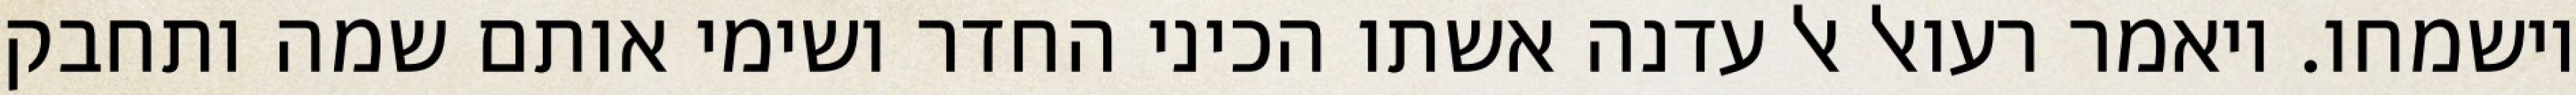
וישמחו. ויאמר רעואל אל עדנה אשתו הכיני החדר ושימי אותם שמה ותחבק